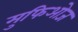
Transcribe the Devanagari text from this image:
मुफिओज